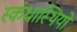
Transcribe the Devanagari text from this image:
स्कंधास्थियों